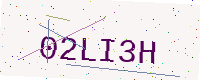
Text: 02LI3H